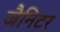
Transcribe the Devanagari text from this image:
जैनिटर